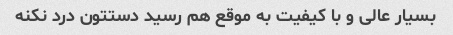
بسیار عالی و با کیفیت به موقع هم رسید دستتون درد نکنه